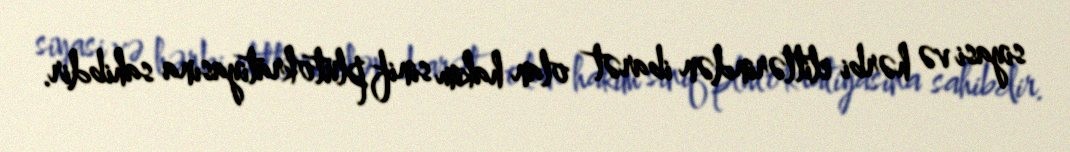
siyasi və hərbi elitlərindən ibarət olan hakim sinif plutokratiyasına sahibdir.